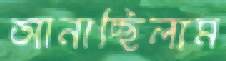
আনাচ্ছিলাম